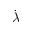
\dot { \lambda }